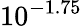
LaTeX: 10^{-1.75}